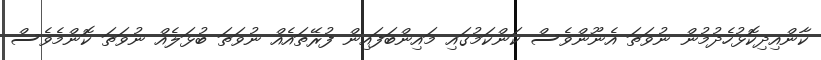
ކާންއިދިކޮޅުހެދުމުން ނުވަތަ އެނޫންވެސް ކަންކަމުގައި މައިންބަފައިން ފުރޭތައެއް ނުވަތަ ބުޅަލެއް ނުވަތަ ކޮންމެވެސް